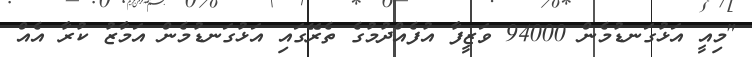
"މިއީ އަޅުގަނޑުމެން 94000 ވަޒީފާ އުފެއްދުމުގެ ތެރޭގައި އަޅުގަނޑުމެން އަމާޒު ކުރާ އެއް